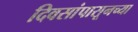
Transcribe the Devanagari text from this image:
दिवसांपासूनच्या